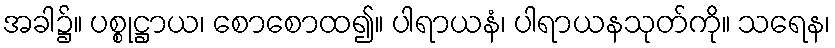
အခါ၌။ ပစ္စုဋ္ဌာယ၊ စောစောထ၍။ ပါရာယနံ၊ ပါရာယနသုတ်ကို။ သရေန၊